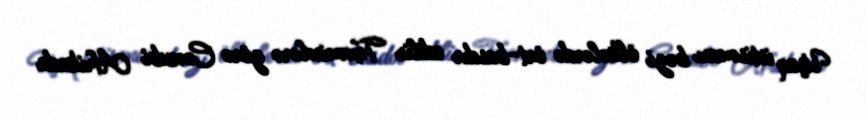
Uşaq istismarı bəzi ölkələrdə ört-basdır edilir Təxminlərə görə Cənubi Afrikada